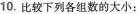
10.比较下列各组数的大小：